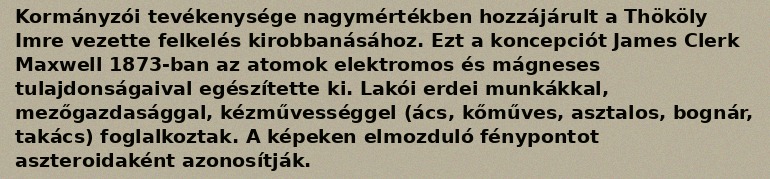
Kormányzói tevékenysége nagymértékben hozzájárult a Thököly Imre vezette felkelés kirobbanásához. Ezt a koncepciót James Clerk Maxwell 1873-ban az atomok elektromos és mágneses tulajdonságaival egészítette ki. Lakói erdei munkákkal, mezőgazdasággal, kézművességgel (ács, kőműves, asztalos, bognár, takács) foglalkoztak. A képeken elmozduló fénypontot aszteroidaként azonosítják.